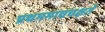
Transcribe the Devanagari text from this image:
प्रथममाचचक्षते